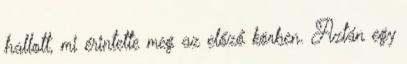
hallott, mi érintette meg az előző körben. Aztán egy